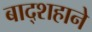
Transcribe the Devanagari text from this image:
बाद्शहाने